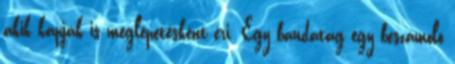
akik kapják is meglepetésként éri. Egy bandatag egy beszámoló